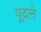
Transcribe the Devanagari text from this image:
पूदले